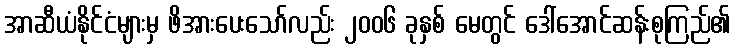
အာဆီယံနိုင်ငံများမှ ဖိအားပေးသော်လည်း ၂၀၀၆ ခုနှစ် မေတွင် ဒေါ်အောင်ဆန်းစုကြည်၏